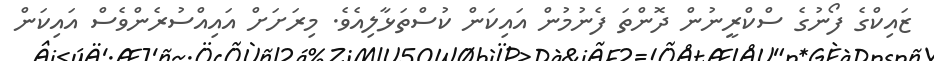
ޒައިކްގެ ފޯނުގެ ސްކްރީނުން ދޮންތަ ފެނުމުން އައިކަން ކުސްތަޅާލިއެވެ. މިރަށަށް އައިއްސުރެންވެސް އައިކަން